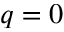
q = 0